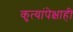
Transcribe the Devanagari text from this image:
कृत्यांपेक्षाही